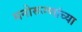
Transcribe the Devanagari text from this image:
मनोरूग्णांच्या